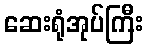
ဆေးရုံအုပ်ကြီး